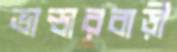
ভান্ডারবাড়ী